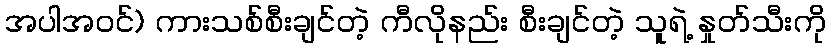
အပါအဝင်) ကားသစ်စီးချင်တဲ့ ကီလိုနည်း စီးချင်တဲ့ သူရဲ့ နှုတ်သီးကို